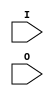
/*
testvector generator.
Is supposed to write testvectors
for 22V10 to stdout requires a delay parameter to
wait for the outputs to settle

When using the these vectors in a .jed file, don't forget to add a QVXXXX
field at the top, to indicate the number of vectors.
If the last vector is V0116 it's QV0116.
(indices are one based)
Generates a spurious, empty vector at the end. 
Unclear cause. Has to be removed.

if any of the inputs change, wait a bit,
then dump the pins as testvector

gets the I/O pins as input..

problem:
what with I/O pins cfg as input?

output stuff like this:

V0001 01XXXXX11X1NXZZLLLHHLLXN*
V0002 11XXXXX11X1NXZZLLLHHLLXN*
V0003 001XX010110N0ZZLLLHHLLXN*
V0004 101XX010110N0LLHHLLHHLXN*
V0005 010XX010110N0LLHHLLHHLXN*

pin1 is leftmost
power pins are 'N'
input pins set to either 0,1,or X

output pins tested for L,H or Z or not tested (X)

appending to a jedec file and adding a QV0005
at the header should work with test equipment
 
*/

module testvec #(
	parameter io_dly=15
	) (
	input [11:0] I, 
	input [9:0] O
);

	integer vecnum;
	integer i;
	initial
	begin
    i=0;
		vecnum=1;
	end

	always @(I)
	begin

	if(vecnum<10)
  	$write ("V000%0d ",vecnum);
  else if(vecnum<100)
  	$write ("V00%0d ",vecnum);
  else if(vecnum<1000)
  	$write ("V0%0d ",vecnum);
  else
  	$write ("V%0d ",vecnum);
 
	for (i=0; i<11; i=i+1)
	begin
		if(I[i]===1'b0)
                  $write ("0");
  	else if(I[i]===1'b1)
                  $write ("1");
	  else if(I[i]===1'bx)
                  $write ("X");
  	else if(I[i]===1'bz)
                  $write ("X");
	end

                  $write ("N");
	
	i=11;
	if(I[i]===1'b0)
                  $write ("0");
  else if(I[i]===1'b1)
                  $write ("1");
  else if(I[i]===1'bx)
                  $write ("X");
  else if(I[i]===1'bz)
                  $write ("X");

#io_dly
	for (i=0; i<10; i=i+1)
	begin
		if(O[i]===1'b0)
                  $write ("L");
		else if(O[i]===1'b1)
                  $write ("H");
		else if(O[i]===1'bz)
                  $write ("Z");
		else if(O[i]===1'bx)
                  $write ("X");
  end
                  $write ("N*\n");
  vecnum=vecnum+1;
end

endmodule